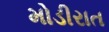
મોડીરાત